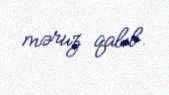
məruz qalıb.